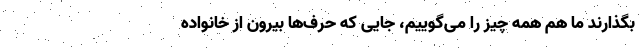
بگذارند ما هم همه چیز را می‌گوییم، جایی که حرف‌ها بیرون از خانواده